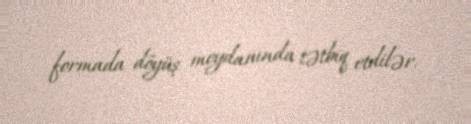
formada döyüş meydanında tətbiq etdilər.